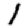
Digit: 1